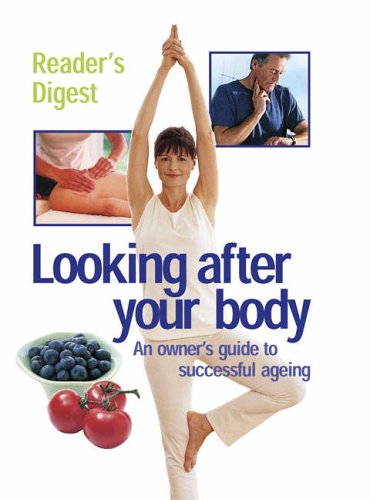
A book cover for Looking After Your Body: Oweners Guide to Successfull Ageing; Reader's Digest; Health, Fitness & Dieting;